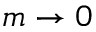
m \rightarrow 0